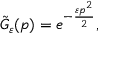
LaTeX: { \tilde { G } } _ { \varepsilon } ( p ) = e ^ { - { \frac { \varepsilon p ^ { 2 } } { 2 } } } ,